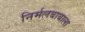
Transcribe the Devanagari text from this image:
निर्मलबाबाला